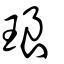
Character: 琅